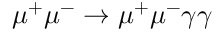
\mu ^ { + } \mu ^ { - } \to \mu ^ { + } \mu ^ { - } \gamma \gamma